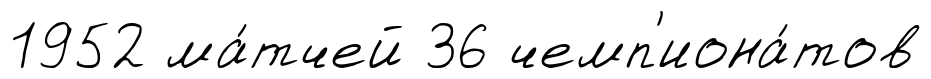
1952 ма́тчей 36 чемп'иона́тов